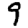
Digit: 9